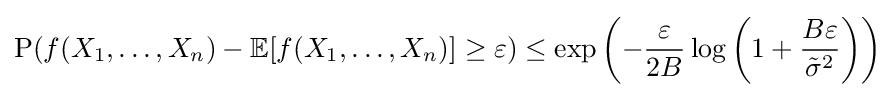
{\text{P}}(f(X_{1},\ldots ,X_{n})-\mathbb {E} [f(X_{1},\ldots ,X_{n})]\geq \varepsilon )\leq \exp \left(-{\frac {\varepsilon }{2B}}\log \left(1+{\frac {B\varepsilon }{{\tilde {\sigma }}^{2}}}\right)\right)